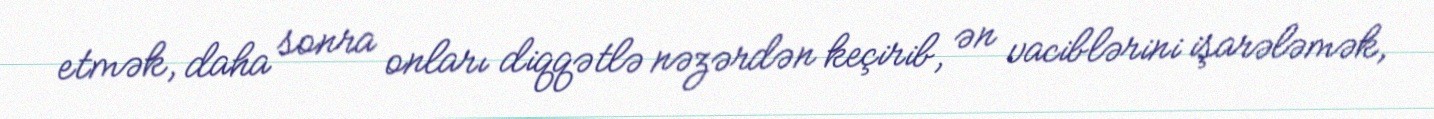
etmək, daha sonra onları diqqətlə nəzərdən keçirib, ən vaciblərini işarələmək,